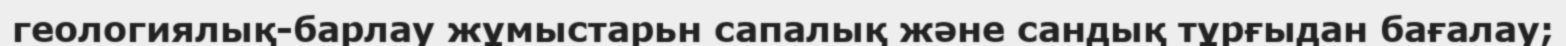
геологиялық-барлау жұмыстарьн сапалық және сандық тұрғыдан бағалау;